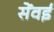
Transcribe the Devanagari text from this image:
सेंवई